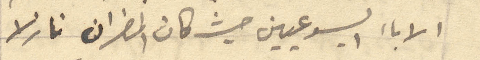
الإباء اليسوعيين حيث كان المطران نازلا